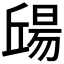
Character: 𣉠